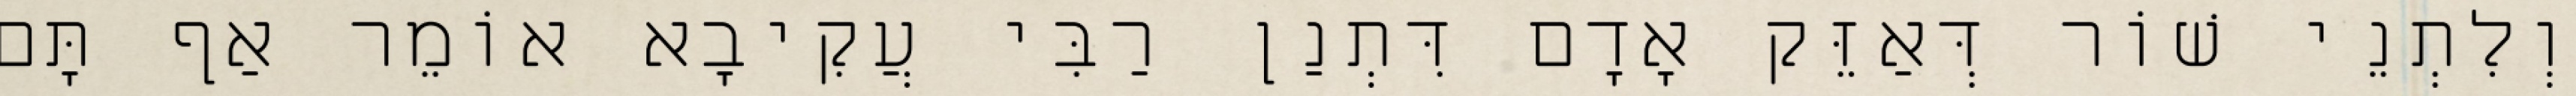
וְלִתְנֵי שׁוֹר דְּאַזֵּק אָדָם דִּתְנַן רַבִּי עֲקִיבָא אוֹמֵר אַף תָּם